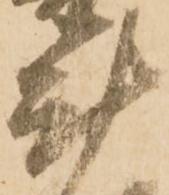
計